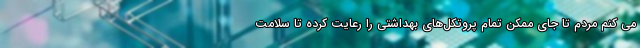
می کنم مردم تا جای ممکن تمام پروتکل‌های بهداشتی را رعایت کرده تا سلامت